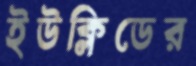
ইউক্লিডের